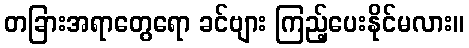
တခြားအရာတွေရော ခင်ဗျား ကြည့်ပေးနိုင်မလား။